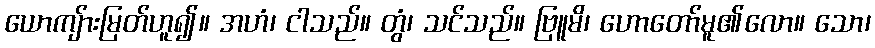
ယောကျ်ားမြတ်ဟူ၍။ အဟံ၊ ငါသည်။ တွံ၊ သင်သည်။ ဗြူမိ၊ ဟောတော်မူ၏လော။ သော၊